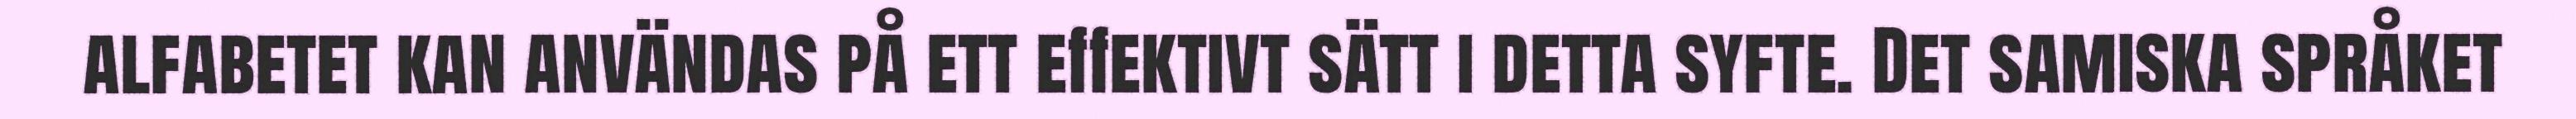
alfabetet kan användas på ett effektivt sätt i detta syfte. Det samiska språket